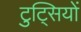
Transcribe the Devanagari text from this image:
टुट्सियों